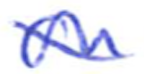
Text: on
Cross-out: mix
Writing tool: ballpoint